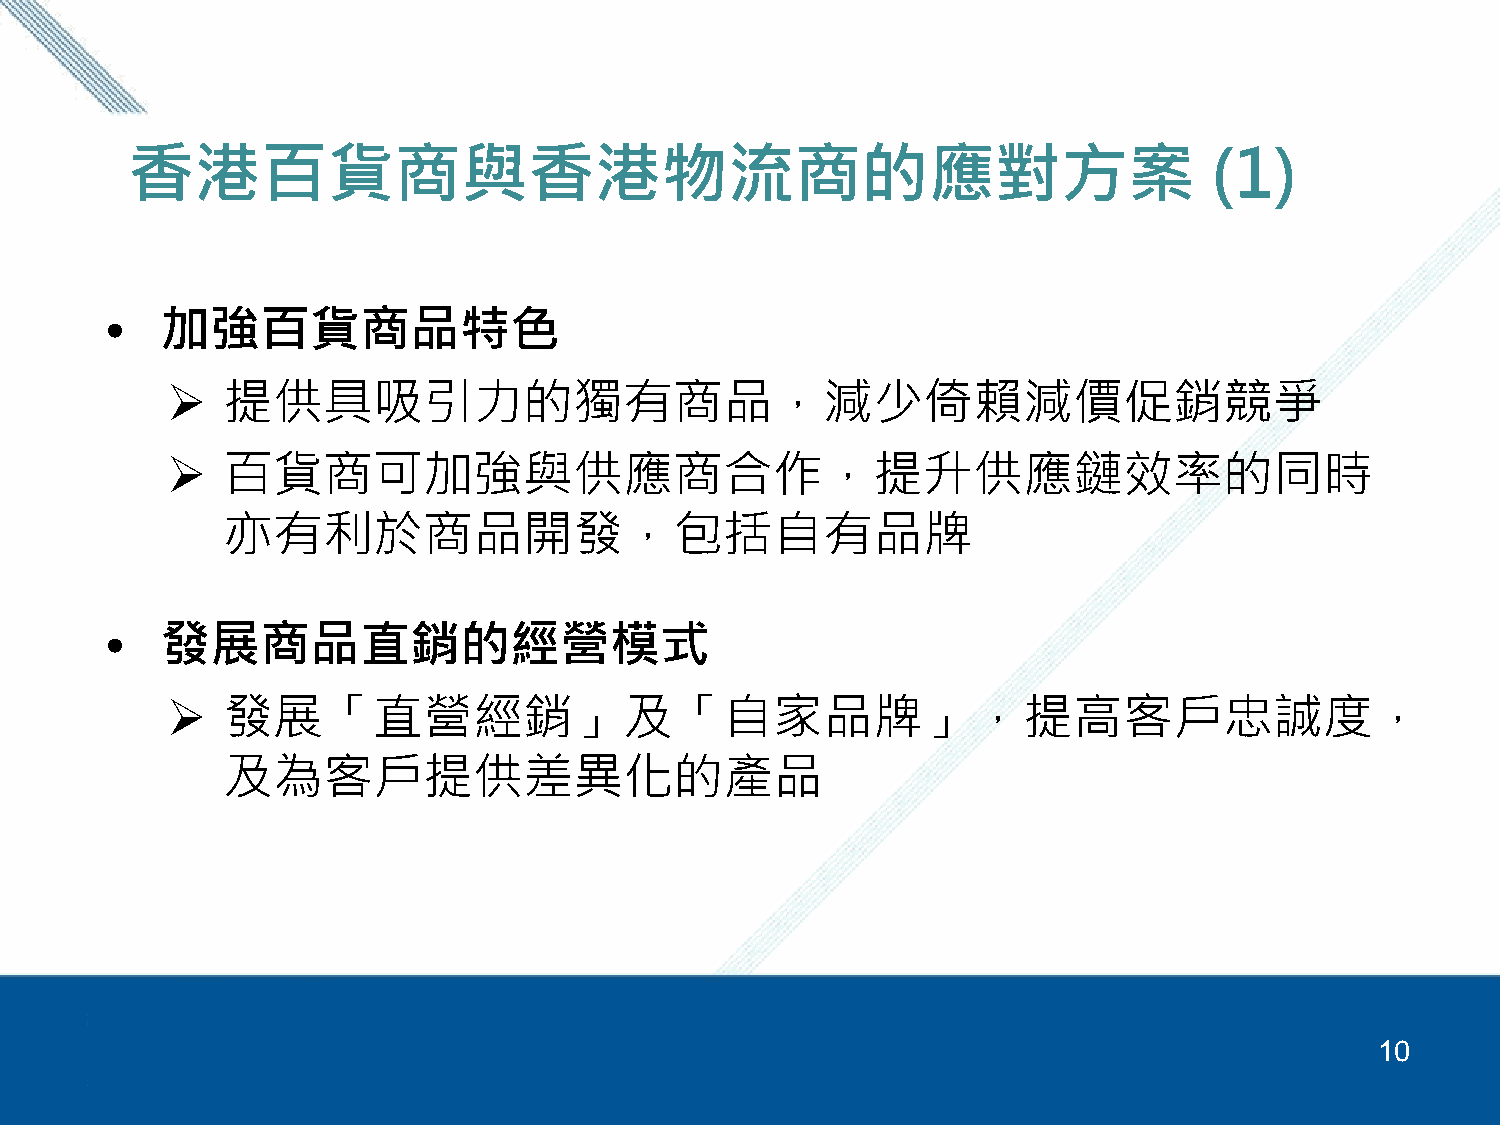
香港百貨商與香港物流商的應對方案                                                        (1)
 •   加強百貨商品特色
    提供具吸引力的獨有商品，減少倚賴減價促銷競爭
    百貨商可加強與供應商合作，提升供應鏈效率的同時
 亦有利於商品開發，包括自有品牌
 •   發展商品直銷的經營模式
    發展「直營經銷」及「自家品牌」，提高客戶忠誠度，
 及為客戶提供差異化的產品
 10